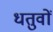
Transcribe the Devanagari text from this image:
धतुवों